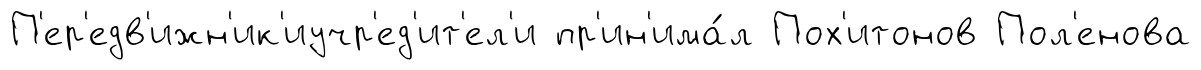
П'ер'едв'ижн'ик'иучр'ед'ит'ел'и пр'ин'има́л Пох'итонов Пол'енова